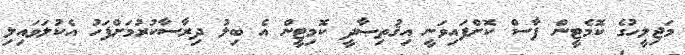
މަޖިލީހުގެ ކޮމެޓީން ފާސް ކޮށްފައިވަނީ އިޤުތިޞާދީ ކޮމިޓީން އެ ބިލު ދިރާސާކުރުމަށްފަހު އެކުލަވައިލި